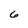
Character: 6